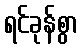
ရင်ခုန်စွာ